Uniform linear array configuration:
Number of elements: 16
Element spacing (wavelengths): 0.5
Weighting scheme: binomial
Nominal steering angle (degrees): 0
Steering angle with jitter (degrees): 1.418
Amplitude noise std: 0.05
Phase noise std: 0.05

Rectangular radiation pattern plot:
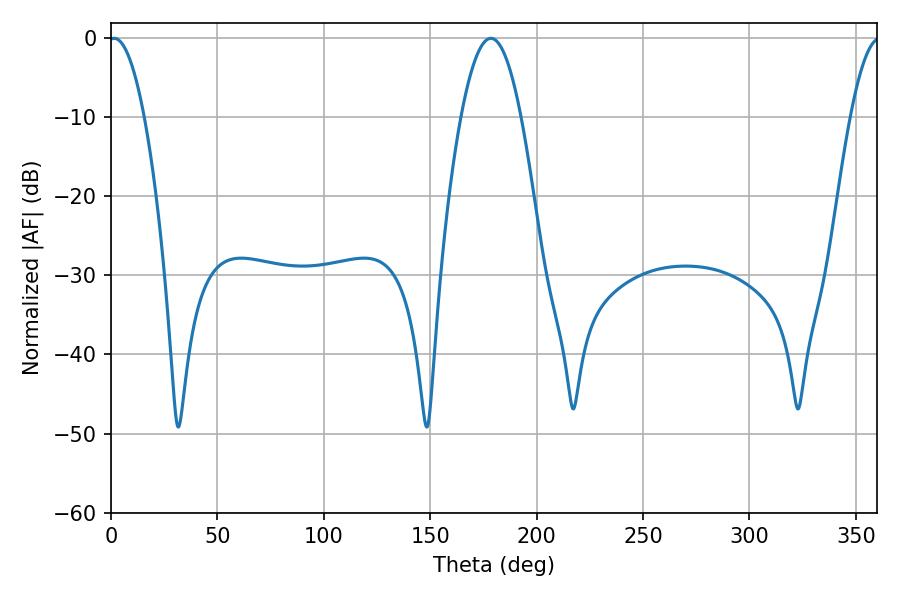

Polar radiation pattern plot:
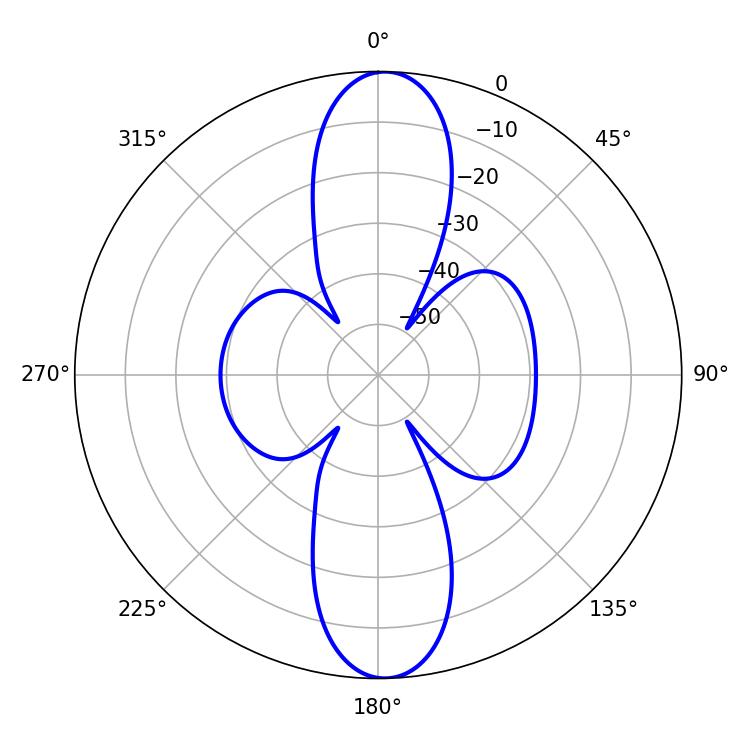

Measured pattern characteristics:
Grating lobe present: FALSE
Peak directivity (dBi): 21.141
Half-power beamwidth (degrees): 9.18
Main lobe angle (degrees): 1.44